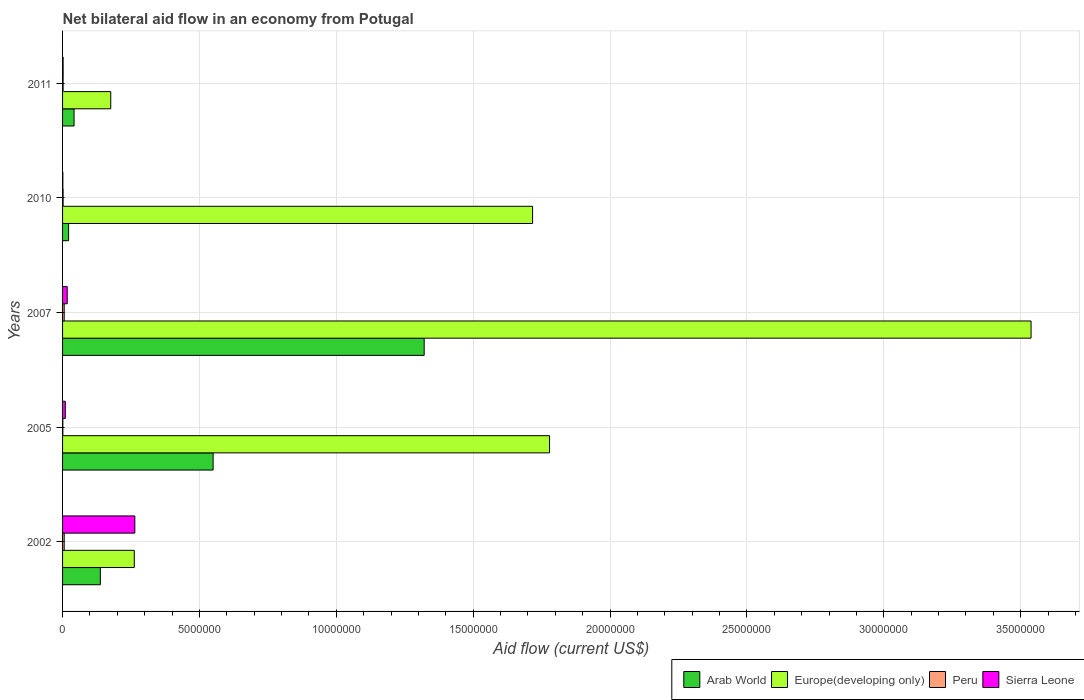
| Years | Arab World | Europe(developing only) | Peru | Sierra Leone |
 | --- | --- | --- | --- | --- |
 | 2002 | 1.38e+06 | 2.62e+06 | 6e+04 | 2.64e+06 |
 | 2005 | 5.5e+06 | 1.78e+07 | 1e+04 | 1e+05 |
 | 2007 | 1.32e+07 | 3.54e+07 | 6e+04 | 1.7e+05 |
 | 2010 | 2.2e+05 | 1.72e+07 | 2e+04 | 1e+04 |
 | 2011 | 4.2e+05 | 1.76e+06 | 2e+04 | 2e+04 |